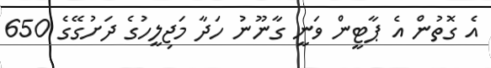
އެ ގޮތުން އެ ޕާޓީން ވަނީ ގާނޫނު ހަދާ މަޖިލީހުގެ ދަށުގޭގެ 650